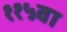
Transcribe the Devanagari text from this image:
११५वा